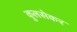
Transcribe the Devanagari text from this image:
कुलसेकर